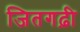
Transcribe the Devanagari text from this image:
जितगढ़ी